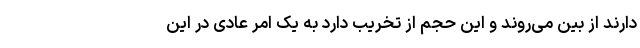
دارند از بین می‌روند و این حجم از تخریب دارد به یک امر عادی در این